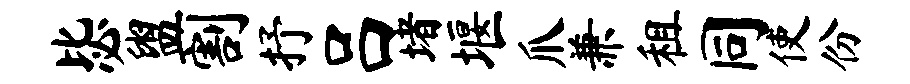
毖盥割抒吕堵堰爪兼租同使份